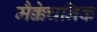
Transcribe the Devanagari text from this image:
मैक्केचनिक